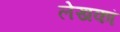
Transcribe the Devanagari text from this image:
लेखकां